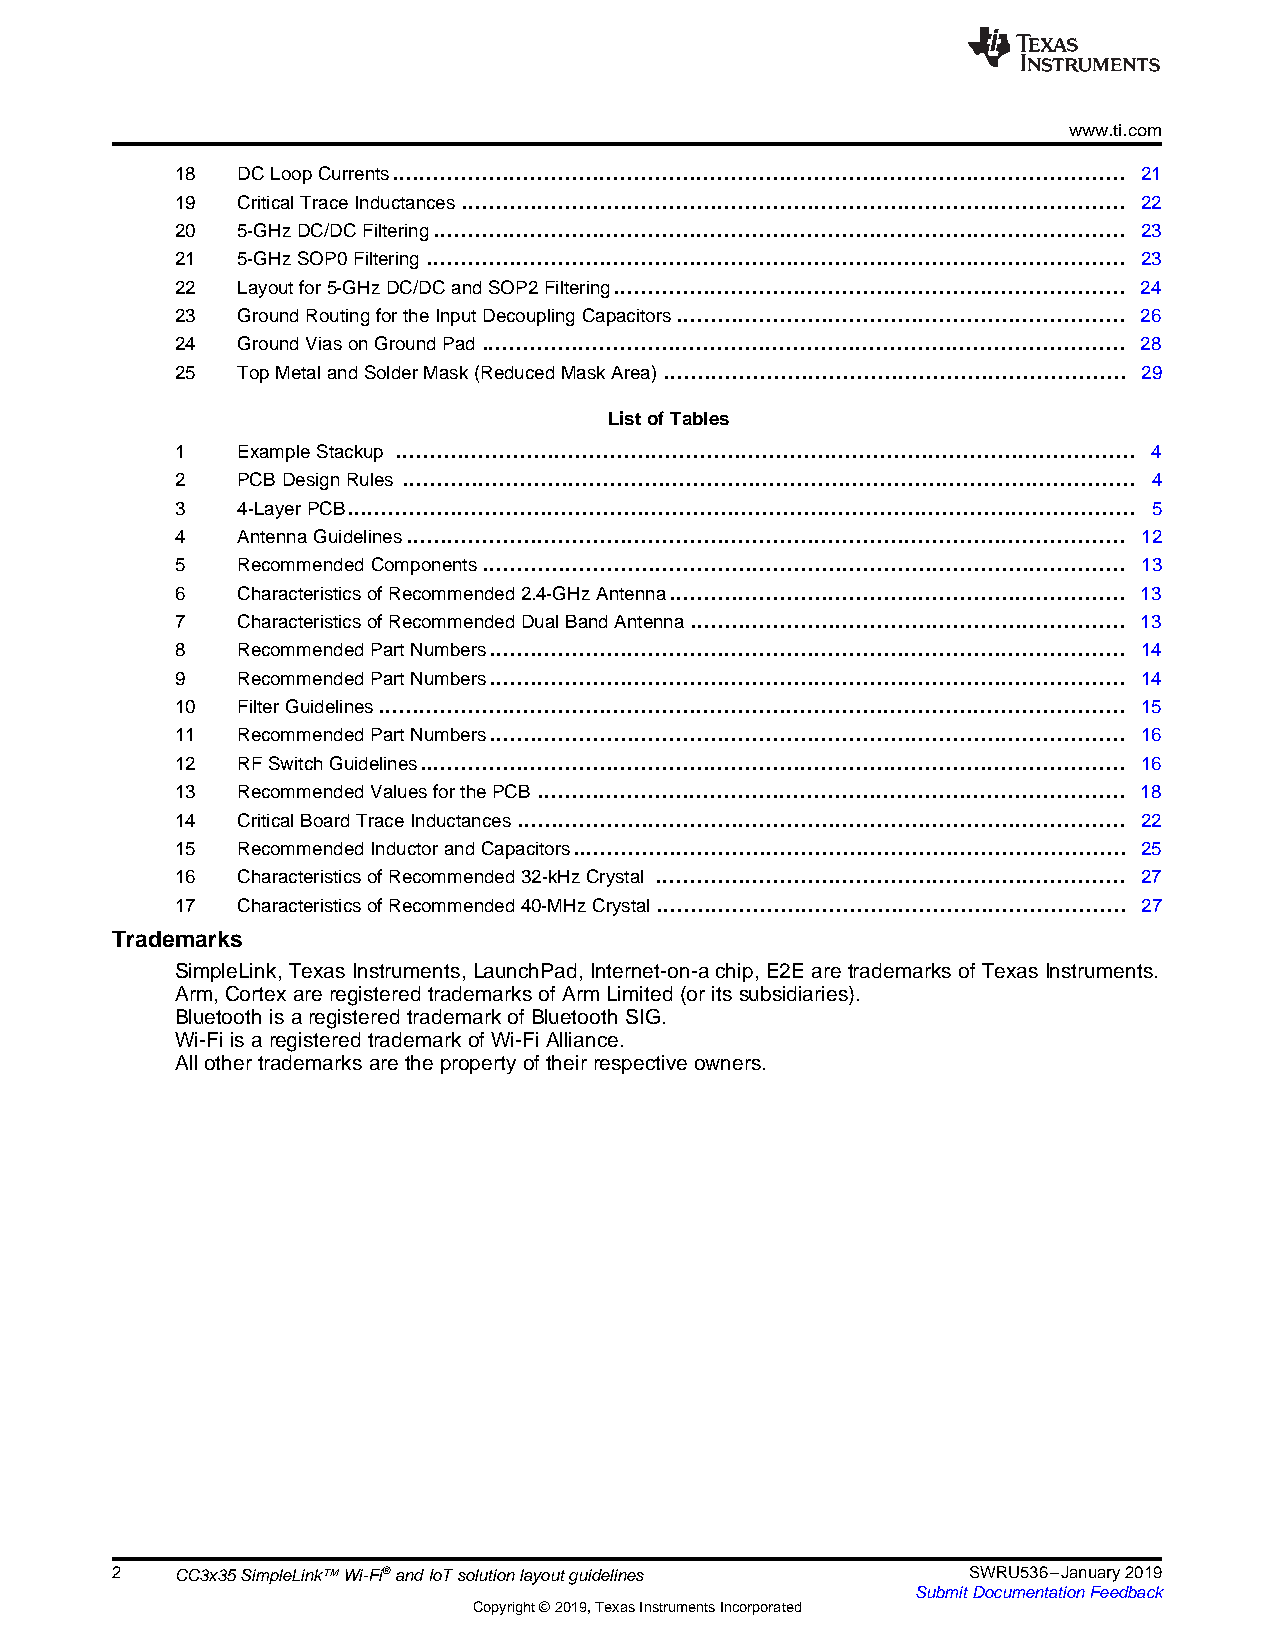
www.ti.com
 18  DCLoopCurrents.......................................................................................................... 21
 19  CriticalTraceInductances................................................................................................ 22
 20  5-GHzDC/DCFiltering.................................................................................................... 23
 21  5-GHzSOP0Filtering ..................................................................................................... 23
 22  Layoutfor5-GHzDC/DCandSOP2Filtering.......................................................................... 24
 23  GroundRoutingfortheInputDecouplingCapacitors................................................................. 26
 24  GroundViasonGroundPad............................................................................................. 28
 25  TopMetalandSolderMask(ReducedMaskArea)................................................................... 29
 ListofTables
 1   ExampleStackup ........................................................................................................... 4
 2   PCBDesignRules .......................................................................................................... 4
 3   4-LayerPCB.................................................................................................................. 5
 4   Antenna Guidelines........................................................................................................ 12
 5   Recommended Components............................................................................................. 13
 6   CharacteristicsofRecommended2.4-GHzAntenna.................................................................. 13
 7   CharacteristicsofRecommendedDualBandAntenna............................................................... 13
 8   RecommendedPartNumbers............................................................................................ 14
 9   RecommendedPartNumbers............................................................................................ 14
 10  FilterGuidelines............................................................................................................ 15
 11  RecommendedPartNumbers............................................................................................ 16
 12  RFSwitchGuidelines...................................................................................................... 16
 13  RecommendedValuesforthePCB ..................................................................................... 18
 14  CriticalBoardTraceInductances........................................................................................ 22
 15  RecommendedInductorandCapacitors................................................................................ 25
 16  CharacteristicsofRecommended32-kHzCrystal .................................................................... 27
 17  CharacteristicsofRecommended40-MHzCrystal.................................................................... 27
 Trademarks
 SimpleLink,TexasInstruments,LaunchPad,Internet-on-achip,E2EaretrademarksofTexasInstruments.
 Arm, CortexareregisteredtrademarksofArmLimited(or itssubsidiaries).
 BluetoothisaregisteredtrademarkofBluetoothSIG.
 Wi-FiisaregisteredtrademarkofWi-FiAlliance.
 Allothertrademarksaretheproperty oftheirrespectiveowners.
 2    CC3x35SimpleLink™Wi-Fi®andIoTsolutionlayoutguidelines SWRU536–January2019
 SubmitDocumentationFeedback
 Copyright©2019,TexasInstrumentsIncorporated